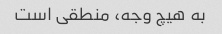
به هیچ وجه، منطقی است